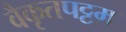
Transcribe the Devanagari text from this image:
वैकृतपट्टम